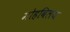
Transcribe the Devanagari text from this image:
मोहविलय